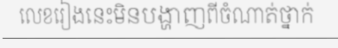
លេខរៀងនេះមិនបង្ហាញពីចំណាត់ថ្នាក់